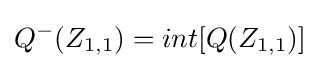
Q^{-}(Z_{1,1})=int[Q(Z_{1,1})]